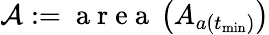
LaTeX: \mathcal{A}:=\mathrm{~a~r~e~a~}\left(A_{a(t_{\operatorname*{min}})}\right)